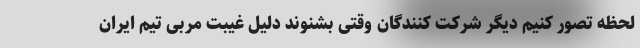
لحظه تصور کنیم دیگر شرکت کنندگان وقتی بشنوند دلیل غیبت مربی تیم ایران